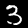
Digit: 3